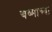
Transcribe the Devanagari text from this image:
चष्माच्या